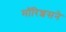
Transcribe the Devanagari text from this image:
मॉरिशसने